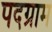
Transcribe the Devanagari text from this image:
पदग्राम